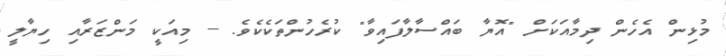
މުޅިން އެހެން ދިމާއަކަށް "އޮޔާ ބައްސާލާފައިވާ" ކުރެހުންތަކެކެވެ. -- މިއަކީ މަންޒަރާއި ހިޔާލީ